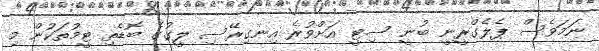
ނަމަވެސް ޕެލެގްރީނީ ބުނީ ސިޓީ އަށްވުރެ އިނގިރޭސި ލީގުގެ ބޮޑެތި ޓީމުތަކުން މި